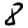
Digit: 8